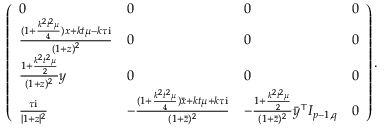
\left( \begin{array} { l l l l } { 0 } & { 0 } & { 0 } & { 0 } \\ { \frac { ( 1 + \frac { k ^ { 2 } t ^ { 2 } \mu } { 4 } ) x + k t \mu - k \tau \mathrm { i } } { ( 1 + z ) ^ { 2 } } } & { 0 } & { 0 } & { 0 } \\ { \frac { 1 + \frac { k ^ { 2 } t ^ { 2 } \mu } { 2 } } { ( 1 + z ) ^ { 2 } } y } & { 0 } & { 0 } & { 0 } \\ { \frac { \tau \mathrm { i } } { | 1 + z | ^ { 2 } } } & { - \frac { ( 1 + \frac { k ^ { 2 } t ^ { 2 } \mu } { 4 } ) \bar { x } + k t \mu + k \tau \mathrm { i } } { ( 1 + \bar { z } ) ^ { 2 } } } & { - \frac { 1 + \frac { k ^ { 2 } t ^ { 2 } \mu } { 2 } } { ( 1 + \bar { z } ) ^ { 2 } } \bar { y } ^ { \top } I _ { p - 1 , q } } & { 0 } \end{array} \right) .